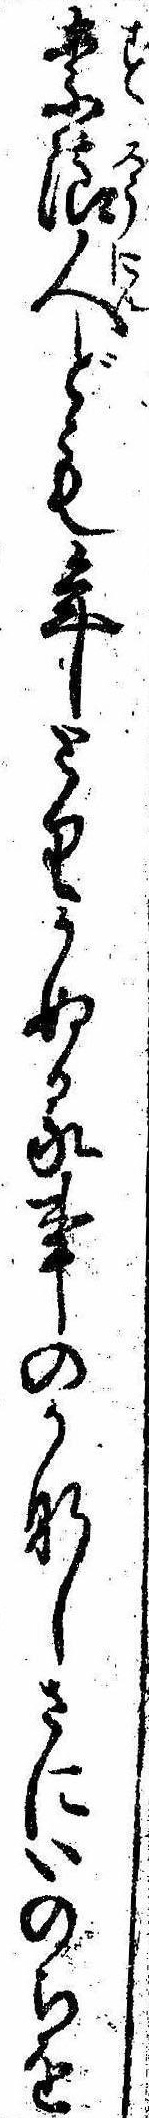
素浪人ども年とりかぬる事のかなしさにいのちを